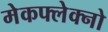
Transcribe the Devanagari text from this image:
मेकफ्लेक्नो